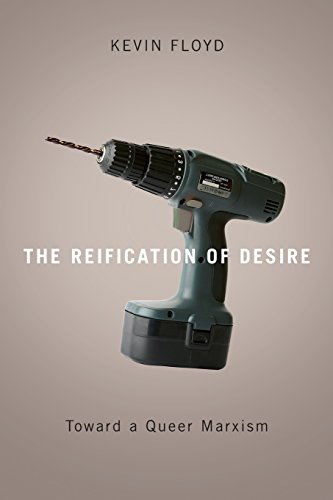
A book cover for The Reification of Desire: Toward a Queer Marxism; Kevin Floyd; Gay & Lesbian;